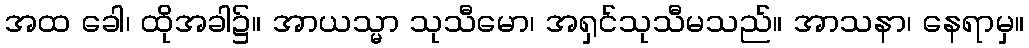
အထ ခေါ၊ ထိုအခါ၌။ အာယသ္မာ သုသီမော၊ အရှင်သုသီမသည်။ အာသနာ၊ နေရာမှ။